Vaccination in Bombay 1856-1862 - 1856-1862
Year: 1856
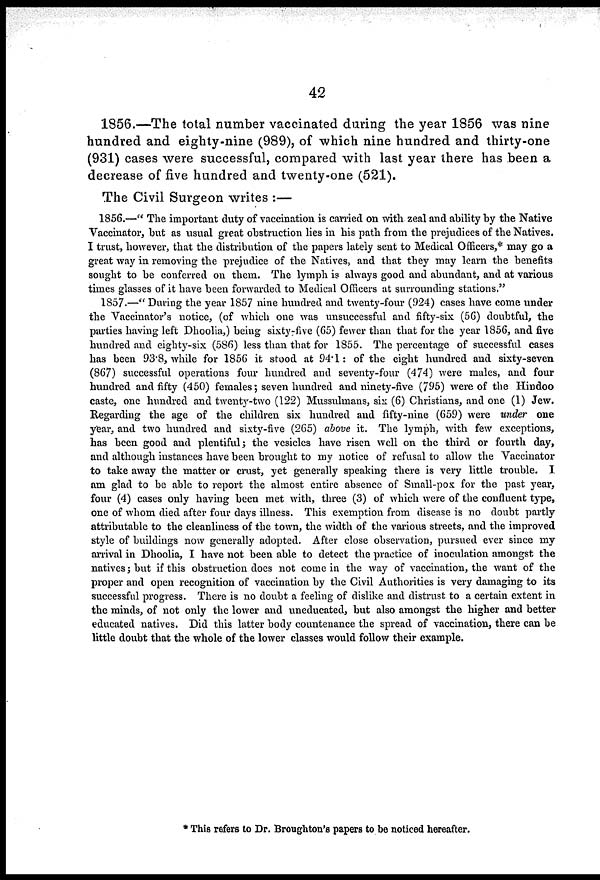
42
1856.—The total number vaccinated during the year 1856 was nine
hundred and eighty-nine (989), of which nine hundred and thirty-one
(931) cases were successful, compared with last year there has been a
decrease of five hundred and twenty-one (521).
The Civil Surgeon writes :—
1856.—" The important duty of vaccination is carried on with zeal and ability by the Native
Vaccinator, but as usual great obstruction lies in his path from the prejudices of the Natives.
I trust, however, that the distribution of the papers lately sent to Medical Officers,* may go a
great way in removing the prejudice of the Natives, and that they may learn the benefits
sought to be conferred on them. The lymph is always good and abundant, and at various
times glasses of it have been forwarded to Medical Officers at surrounding stations."
1857.—" During the year 1857 nine hundred and twenty-four (.924) cases have come under
the Vaccinator's notice, (of which one was unsuccessful and fifty-six (56) doubtful, the
parties having left Dhoolia,) being sixty-five (65) fewer than that for the year 1856, and five
hundred and eighty-six (586) less than that for 1855. The percentage of successful cases
has been 93.8, while for 1856 it stood at 94.1: of the eight hundred and sixty-seven
(867) successful operations four hundred and seventy-four (474) were males, and four
hundred and fifty (450) females; seven hundred and ninety-five (795) were of the Hindoo
caste, one hundred and twenty-two (122) Mussulmans, six (6) Christians, and one (1) Jew.
Regarding the age of the children six hundred and fifty-nine (659) were under one
year, and two hundred and sixty-five (265) above it. The lymph, with few exceptions,
has been good and plentiful; the vesicles have risen well on the third or fourth day,
and although instances have been brought to my notice of refusal to allow the Vaccinator
to take away the matter or crust, yet generally speaking there is very little trouble. I
am glad to be able to report the almost entire absence of Small-pox for the past year,
four (4) cases only having been met with, three (3) of which were of the confluent type,
one of whom died after four days illness. This exemption from disease is no doubt partly
attributable to the cleanliness of the town, the width of the various streets, and the improved
style of buildings now generally adopted. After close observation, pursued ever since my
arrival in Dhoolia, I have not been able to detect the practice of inoculation amongst the
natives ; but if this obstruction does not come in the way of vaccination, the want of the
proper and open recognition of vaccination by the Civil Authorities is very damaging to its
successful progress. There is no doubt a feeling of dislike and distrust to a certain extent in
the minds, of not only the lower and uneducated, but also amongst the higher and better
educated natives. Did this latter body countenance the spread of vaccination, there can be
little doubt that the whole of the lower classes would follow their example.
* This refers to Dr. Broughton's papers to be noticed hereafter.